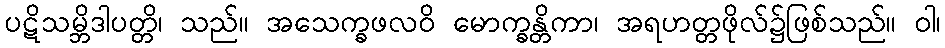
ပဋိသမ္ဘိဒါပတ္တိ၊ သည်။ အသေက္ခဖလဝိ မောက္ခန္တိကာ၊ အရဟတ္တဖိုလ်၌ဖြစ်သည်။ ဝါ၊